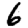
Digit: 6